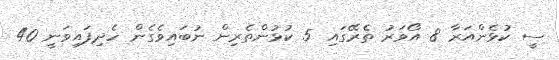
ސީ ކުޅެންއަރާ 8 އޯވަރު ތެރޭގައި 5 ކުޅުންތެރިން ނުބައިވެގެން ހެދިފައިވަނީ 40